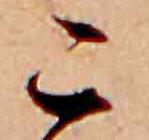
こ